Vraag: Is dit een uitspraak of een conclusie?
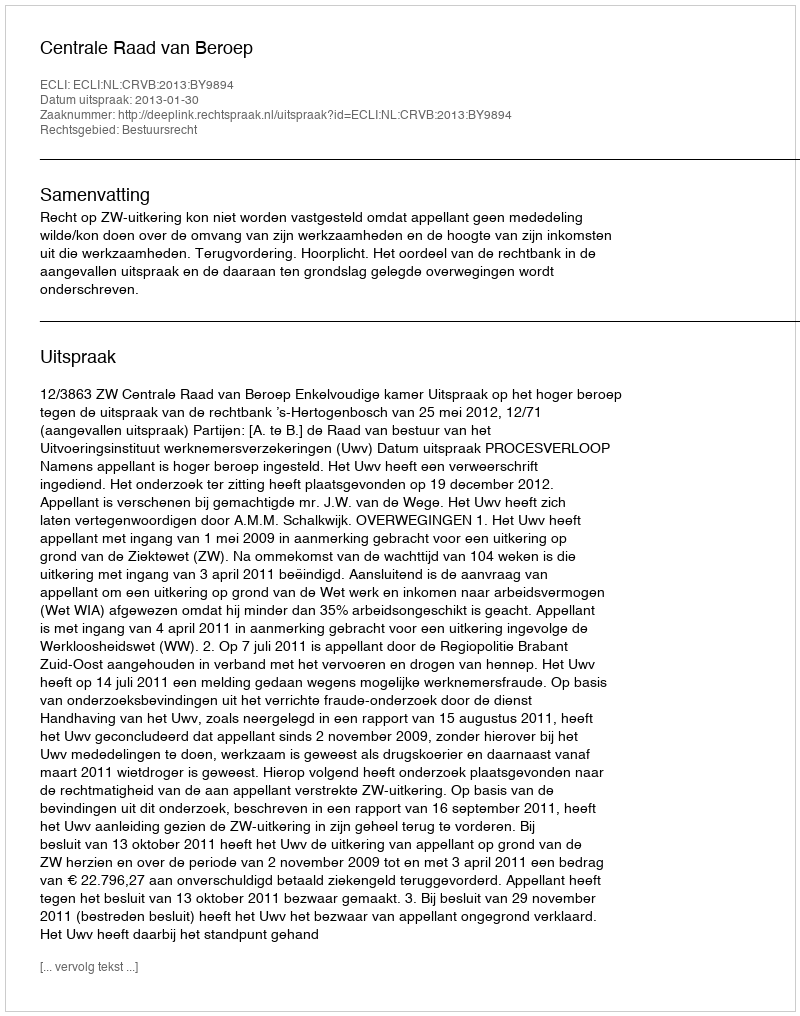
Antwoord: Uitspraak